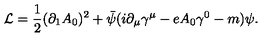
\mathcal { L } = \frac { 1 } { 2 } ( \partial _ { 1 } A _ { 0 } ) ^ { 2 } + \bar { \psi } ( i \partial _ { \mu } \gamma ^ { \mu } - e A _ { 0 } \gamma ^ { 0 } - m ) \psi .